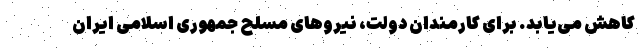
کاهش می‌یابد. برای کارمندان دولت، نیروهای مسلح جمهوری اسلامی ایران